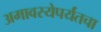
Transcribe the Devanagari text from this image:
अमावस्येपर्यंतचा